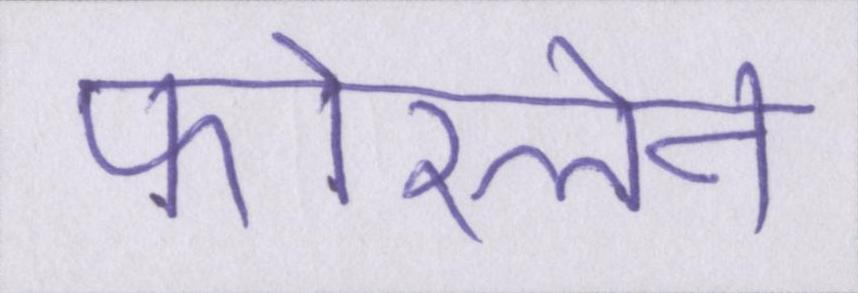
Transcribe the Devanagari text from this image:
फोरलेन